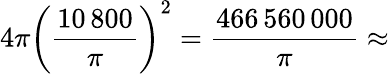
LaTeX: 4\pi\left({\frac{10\, 800}{\pi}}\right)^{2}={\frac{466\, 560\, 000}{\pi}}\approx